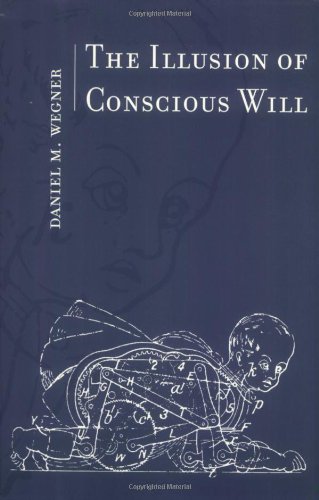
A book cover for The Illusion of Conscious Will (Bradford Books); Daniel M. Wegner; Politics & Social Sciences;